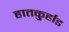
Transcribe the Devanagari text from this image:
हातकु्र्हाड